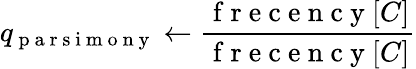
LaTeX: q_{\mathrm{~p~a~r~s~i~m~o~n~y~}}\gets\frac{\mathrm{~f~r~e~c~e~n~c~y~}[C]}{\mathrm{~f~r~e~c~e~n~c~y~}[C]}